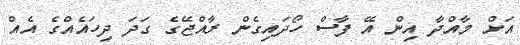
އަށް މާއްދާ އިން އޭ ފާސް ހޯދައިގެން ރާއްޖޭގެ ގަދަ ދިހައެއްގެ އެއް